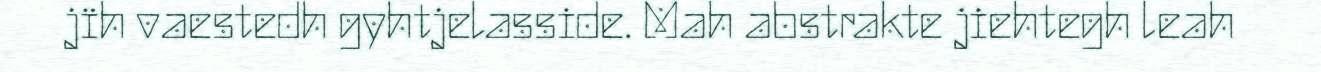
jïh vaestedh gyhtjelasside. Mah abstrakte jiehtegh leah